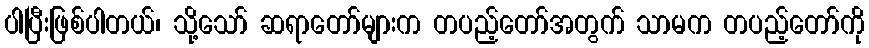
ပါပြီးဖြစ်ပါတယ်၊ သို့သော် ဆရာတော်များက တပည့်တော်အတွက် သာမက တပည့်တော်ကို